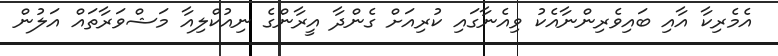
އެމެރިކާ އާއި ބައިވެރިންނާއެކު ވިއެނާގައި ކުރިއަށް ގެންދާ އީރާންގެ ނިއުކްލިއާ މަޝްވަރާތައް އަލުން